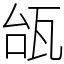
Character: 瓵